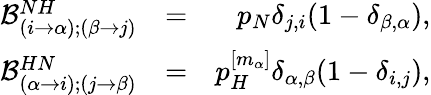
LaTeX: \begin{array}{rlr}{\mathcal{B}_{(i\to\alpha);(\beta\to j)}^{NH}}&{=}&{p_{N}\delta_{j,i}(1-\delta_{\beta,\alpha}),}\\ {\mathcal{B}_{(\alpha\to i);(j\to\beta)}^{HN}}&{=}&{p_{H}^{[m_{\alpha}]}\delta_{\alpha,\beta}(1-\delta_{i,j}),}\end{array}